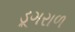
ડૂગરાળ